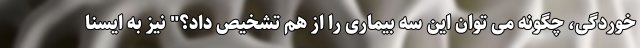
خوردگی، چگونه می توان این سه بیماری را از هم تشخیص داد؟" نیز به ایسنا